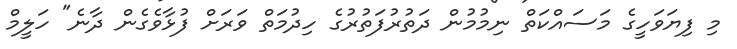
މި ފިޔަވަހީގެ މަސައްކަތް ނިމުމުން ދަތުރުފަތުރުގެ ހިދުމަތް ވަރަށް ފުޅާވެގެން ދާނެ" ހަލީމް